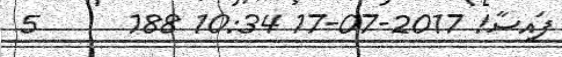
ފައިސާ! 2017-07-17 10:34 188      5